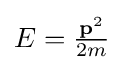
{\textstyle E={\frac {\mathbf {p} ^{2}}{2m}}}